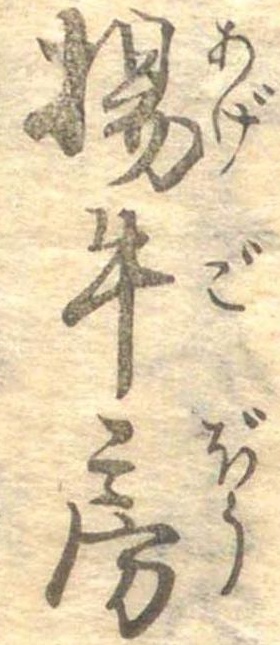
揚牛房